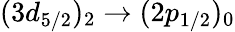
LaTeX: (3d_{5/2})_{2}\rightarrow(2p_{1/2})_{0}